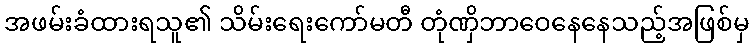
အဖမ်းခံထားရသူ၏ သိမ်းရေးကော်မတီ တုံဏှိဘာဝေနေနေသည့်အဖြစ်မှ